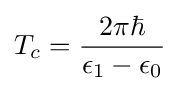
T_{c}={\frac {2\pi \hbar }{\epsilon _{1}-\epsilon _{0}}}